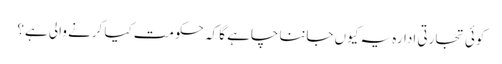
کوئی تجارتی ادارہ یہ کیوں جاننا چاہے گا کہ حکومت کیا کرنے والی ہے؟